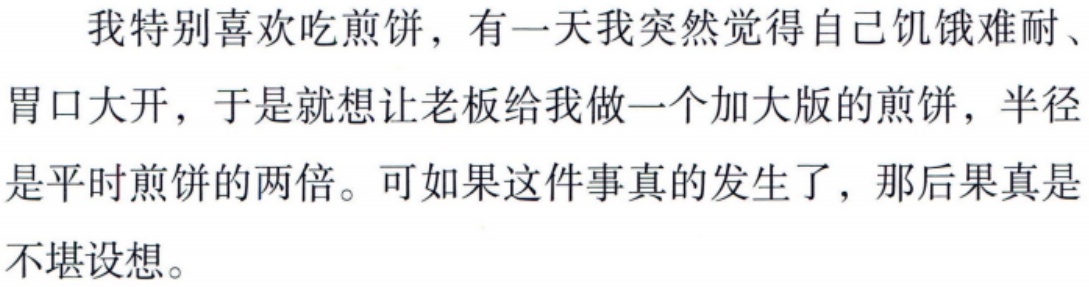
我特别喜欢吃煎饼，有一天我突然觉得自己饥饿难耐、
胃口大开，于是就想让老板给我做一个加大版的煎饼，半径
是平时煎饼的两倍。可如果这件事真的发生了，那后果真是
不堪设想。